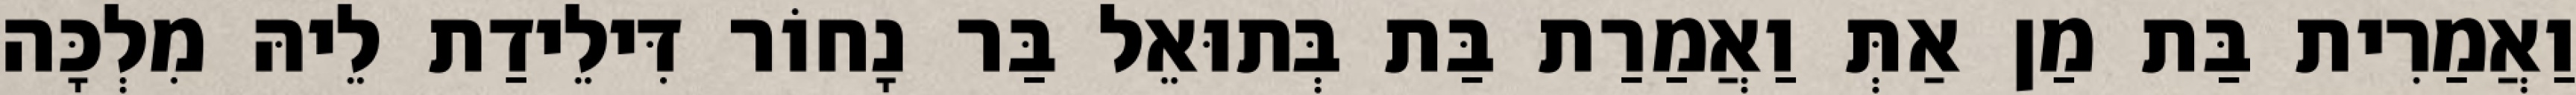
וַאֲמַרִית בַּת מַן אַתְּ וַאֲמַרַת בַּת בְּתוּאֵל בַּר נָחוֹר דִּילֵידַת לֵיהּ מִלְכָּה